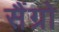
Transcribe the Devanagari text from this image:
सैंग्रो